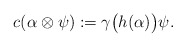
\begin{align*}c(\alpha\otimes\psi) &:= \gamma\big(h(\alpha)\big)\psi .\end{align*}